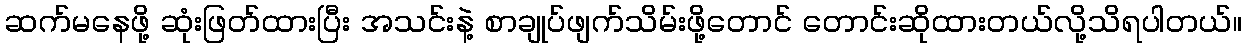
ဆက်မနေဖို့ ဆုံးဖြတ်ထားပြီး အသင်းနဲ့ စာချုပ်ဖျက်သိမ်းဖို့တောင် တောင်းဆိုထားတယ်လို့သိရပါတယ်။